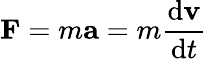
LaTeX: \mathbf{F}=m\mathbf{a}=m{\frac{\mathrm{d}\mathbf{v}}{\mathrm{d}t}}